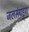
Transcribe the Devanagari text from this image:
जलसंग्रहण